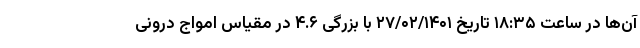
آن‌ها در ساعت ۱۸:۳۵ تاریخ ۲۷/۰۲/۱۴۰۱ با بزرگی ۴.۶ در مقیاس امواج درونی